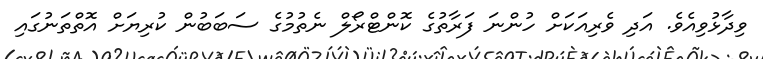
ވިދާޅުވިއެވެ. އަދި ވެރިއަކަށް ހުންނަ ފަރާތުގެ ކޮންޓްރޯލް ނެތުމުގެ ސަބަބުން ކުރިޔަށް އޮތްތަނުގައި